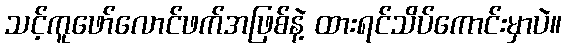
သင့်ကူဖော်လောင်ဖက်အဖြစ်နဲ့ ထားရင်သိပ်ကောင်းမှာပဲ။